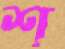
শ্